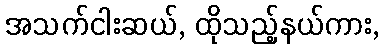
အသက်ငါးဆယ်, ထိုသည့်နယ်ကား,